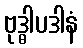
ဗုဒ္ဓါပဒါနံ